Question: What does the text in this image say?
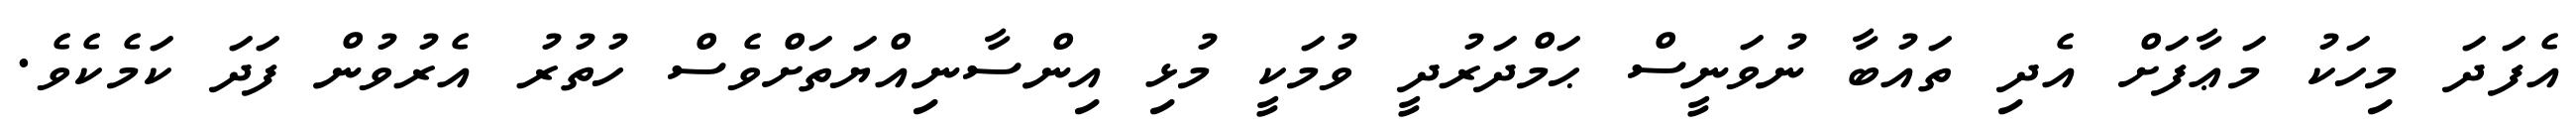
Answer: އެފަދަ މިހަކު މަޢާފަށް އެދި ތައުބާ ނުވަނީސް ޙަމްދަރުދީ ވުމަކީ މުޅި އިންސާނިއްޔަތަށްވެސް ހުތުރު އެރުވުން ފަދަ ކަމެކެވެ.